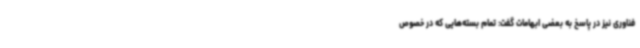
فناوری نیز در پاسخ به بعضی ابهامات گفت: تمام بسته‌هایی که در خصوص